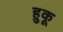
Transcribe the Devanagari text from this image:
हुकू